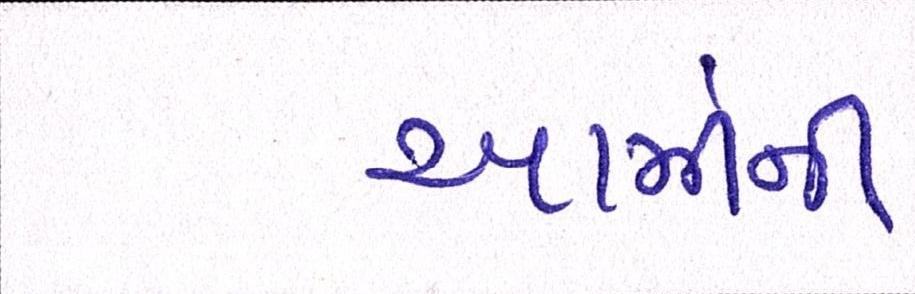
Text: આર્મીની